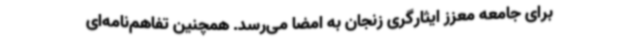
برای جامعه معزز ایثارگری زنجان به امضا می‌رسد. همچنین تفاهم‌نامه‌ای